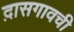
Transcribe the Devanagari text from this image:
द़ासगावची